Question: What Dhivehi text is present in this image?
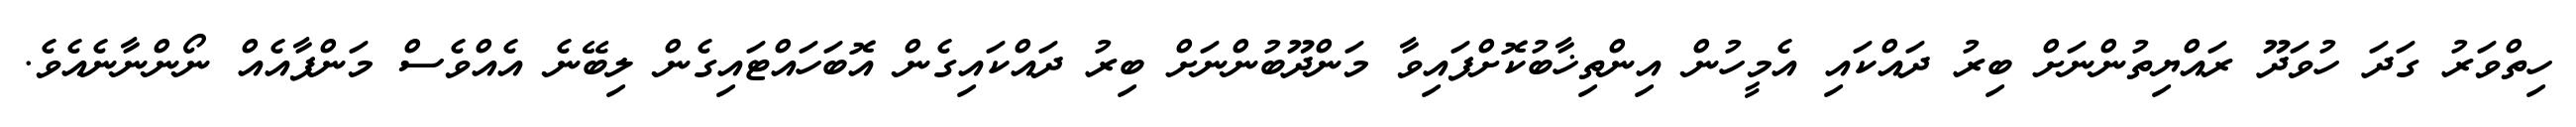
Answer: ހިތްވަރު ގަދަ ހުވަދޫ ރައްޔިތުންނަށް ބިރު ދައްކައި އެމީހުން އިންތިޚާބުކޮށްފައިވާ މަންދޫބުންނަށް ބިރު ދައްކައިގެން އޮބަހައްޓައިގެން ލިބޭނެ އެއްވެސް މަންފާއެއް ނޯންނާނެއެވެ.